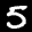
Label: 5